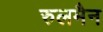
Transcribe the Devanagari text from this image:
रुलमैन